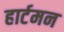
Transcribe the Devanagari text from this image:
हार्टमन